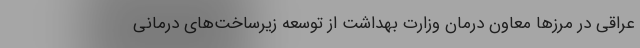
عراقی در مرزها معاون درمان وزارت بهداشت از توسعه زیرساخت‌های درمانی